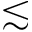
\lesssim